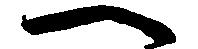
へ